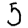
Digit: 5